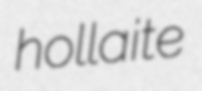
hollaite